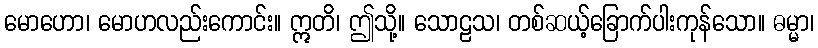
မောဟော၊ မောဟလည်းကောင်း။ ဣတိ၊ ဤသို့။ သောဠသ၊ တစ်ဆယ့်ခြောက်ပါးကုန်သော။ ဓမ္မာ၊